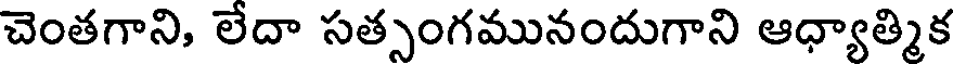
చెంతగాని, లేదా సత్సంగమునందుగాని ఆధ్యాత్మిక